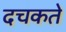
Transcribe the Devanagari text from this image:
दचकते